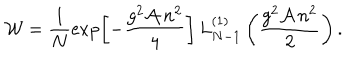
{ \cal W } = \frac { 1 } { N } \exp \left[ - \frac { g ^ { 2 } { \cal A } \, n ^ { 2 } } 4 \right] \, L _ { N - 1 } ^ { ( 1 ) } \left( \frac { g ^ { 2 } { \cal A } \, n ^ { 2 } } { 2 } \right) .